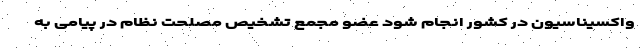
واکسیناسیون در کشور انجام شود عضو مجمع تشخیص مصلحت نظام در پیامی به